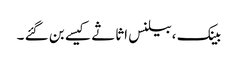
بینک ،بیلنس اثاثے کیسے بن گئے ۔